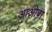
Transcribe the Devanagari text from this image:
आओबा